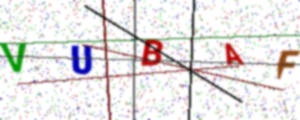
Text: VUBAF